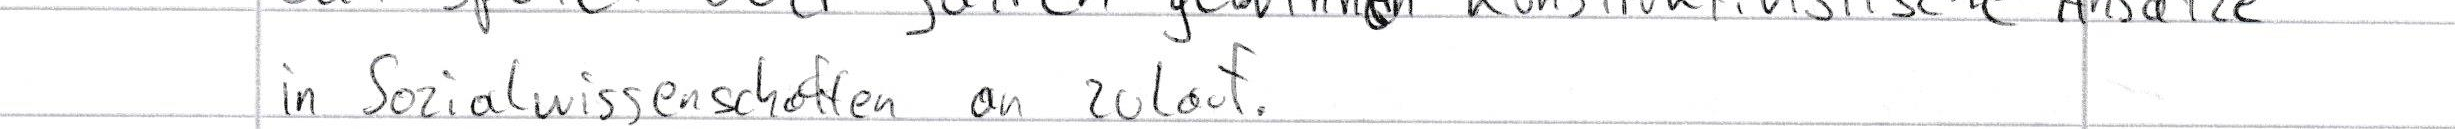
in Sozialwissenschaften an zulauf.